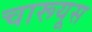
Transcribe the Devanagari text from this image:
चारूयूस